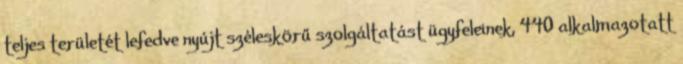
teljes területét lefedve nyújt széleskörű szolgáltatást ügyfeleinek, 440 alkalmazotatt